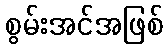
စွမ်းအင်အဖြစ်